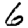
Digit: 6